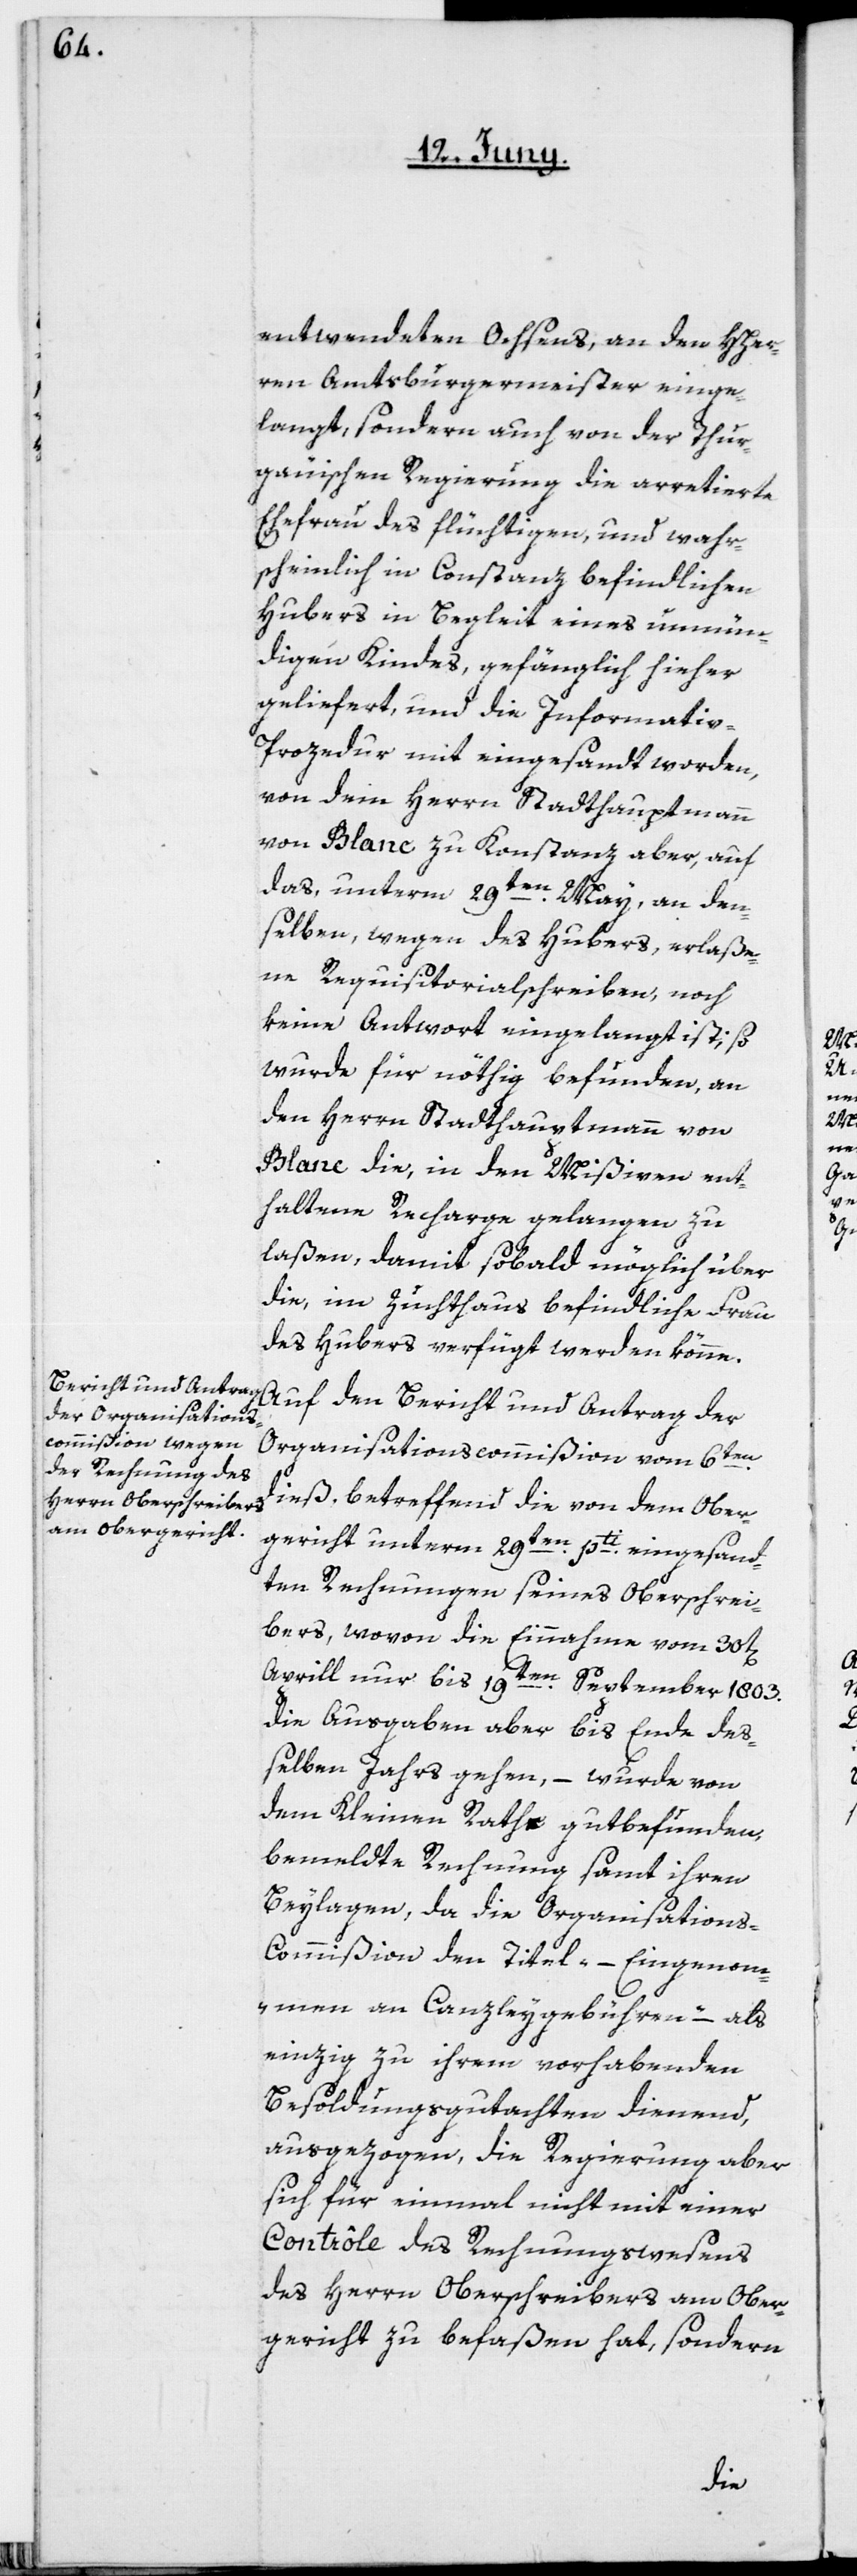
entwendeten Ochsens, an den HHer¬
ren Amtsburgermeister einge¬
langt, sondern auch von der Thur¬
gauischen Regierung die arretierte
Ehefrau des flüchtigen, und wahr¬
scheinlich in Constanz befindlichen
Hubers in Begleit eines unmün¬
digen Kindes, gefänglich hieher
geliefert, und die Informati¬
v-Prozedur mit eingesandt worden,
von dem Herrn Stadthauptmann
von Blanc zu Konstanz aber, auf
das, unterm 29ten May, an den¬
selben wegen des Hubers, erlaße¬
ne Requisitorialschreiben, noch
keine Antwort eingelangt ist, so
wurde für nöthig befunden, an
den Herrn Stadthauptmann von
Blanc die, in den Mißiven ent¬
haltene Recharge gelangen zu
laßen, damit so bald möglich über
die, im Zuchthaus befindliche Frau
des Hubers verfügt werden könne.
Auf den Bericht und Antrag der
Organisationscommißion vom 6ten
dieß, betreffend die von dem Ober¬
gericht unterm 29ten pti eingesand¬
ten Rechnungen seines Oberschrei¬
bers, wovon die Einnahme vom 30t[en]
Aprill nur bis 19ten September 1803.
die Ausgaben aber bis Ende deß¬
elben Jahrs gehen, – wurde von
dem Kleinen Rathe gutbefunden,
bemeldte Rechnung samt ihren
Beylagen, da die Organisation¬
s-Commißion den Titel – „Eingenom¬
men an Canzleygebühren“ – als
einzig zu ihrem vorhabenden
Besoldungsgutachten dienend,
ausgezogen, die Regierung aber
sich für einmal nicht mit einer
Contrôle des Rechnungswesens
des Herrn Oberschreibers am Ober¬
gericht zu befaßen hat, sondern